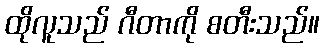
ထိုလူသည် ဂီတာကို စတီးသည်။